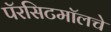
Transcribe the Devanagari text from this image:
पॅरसिटमॉलचे